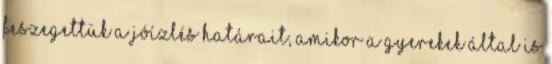
Feszegettük a jóízlés határait, amikor a gyerekek által is